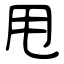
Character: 甩